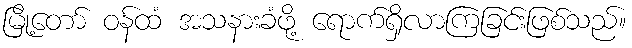
မြို့တော် ဝန်ထံ အသနားခံဖို့ ရောက်ရှိလာကြခြင်းဖြစ်သည်။